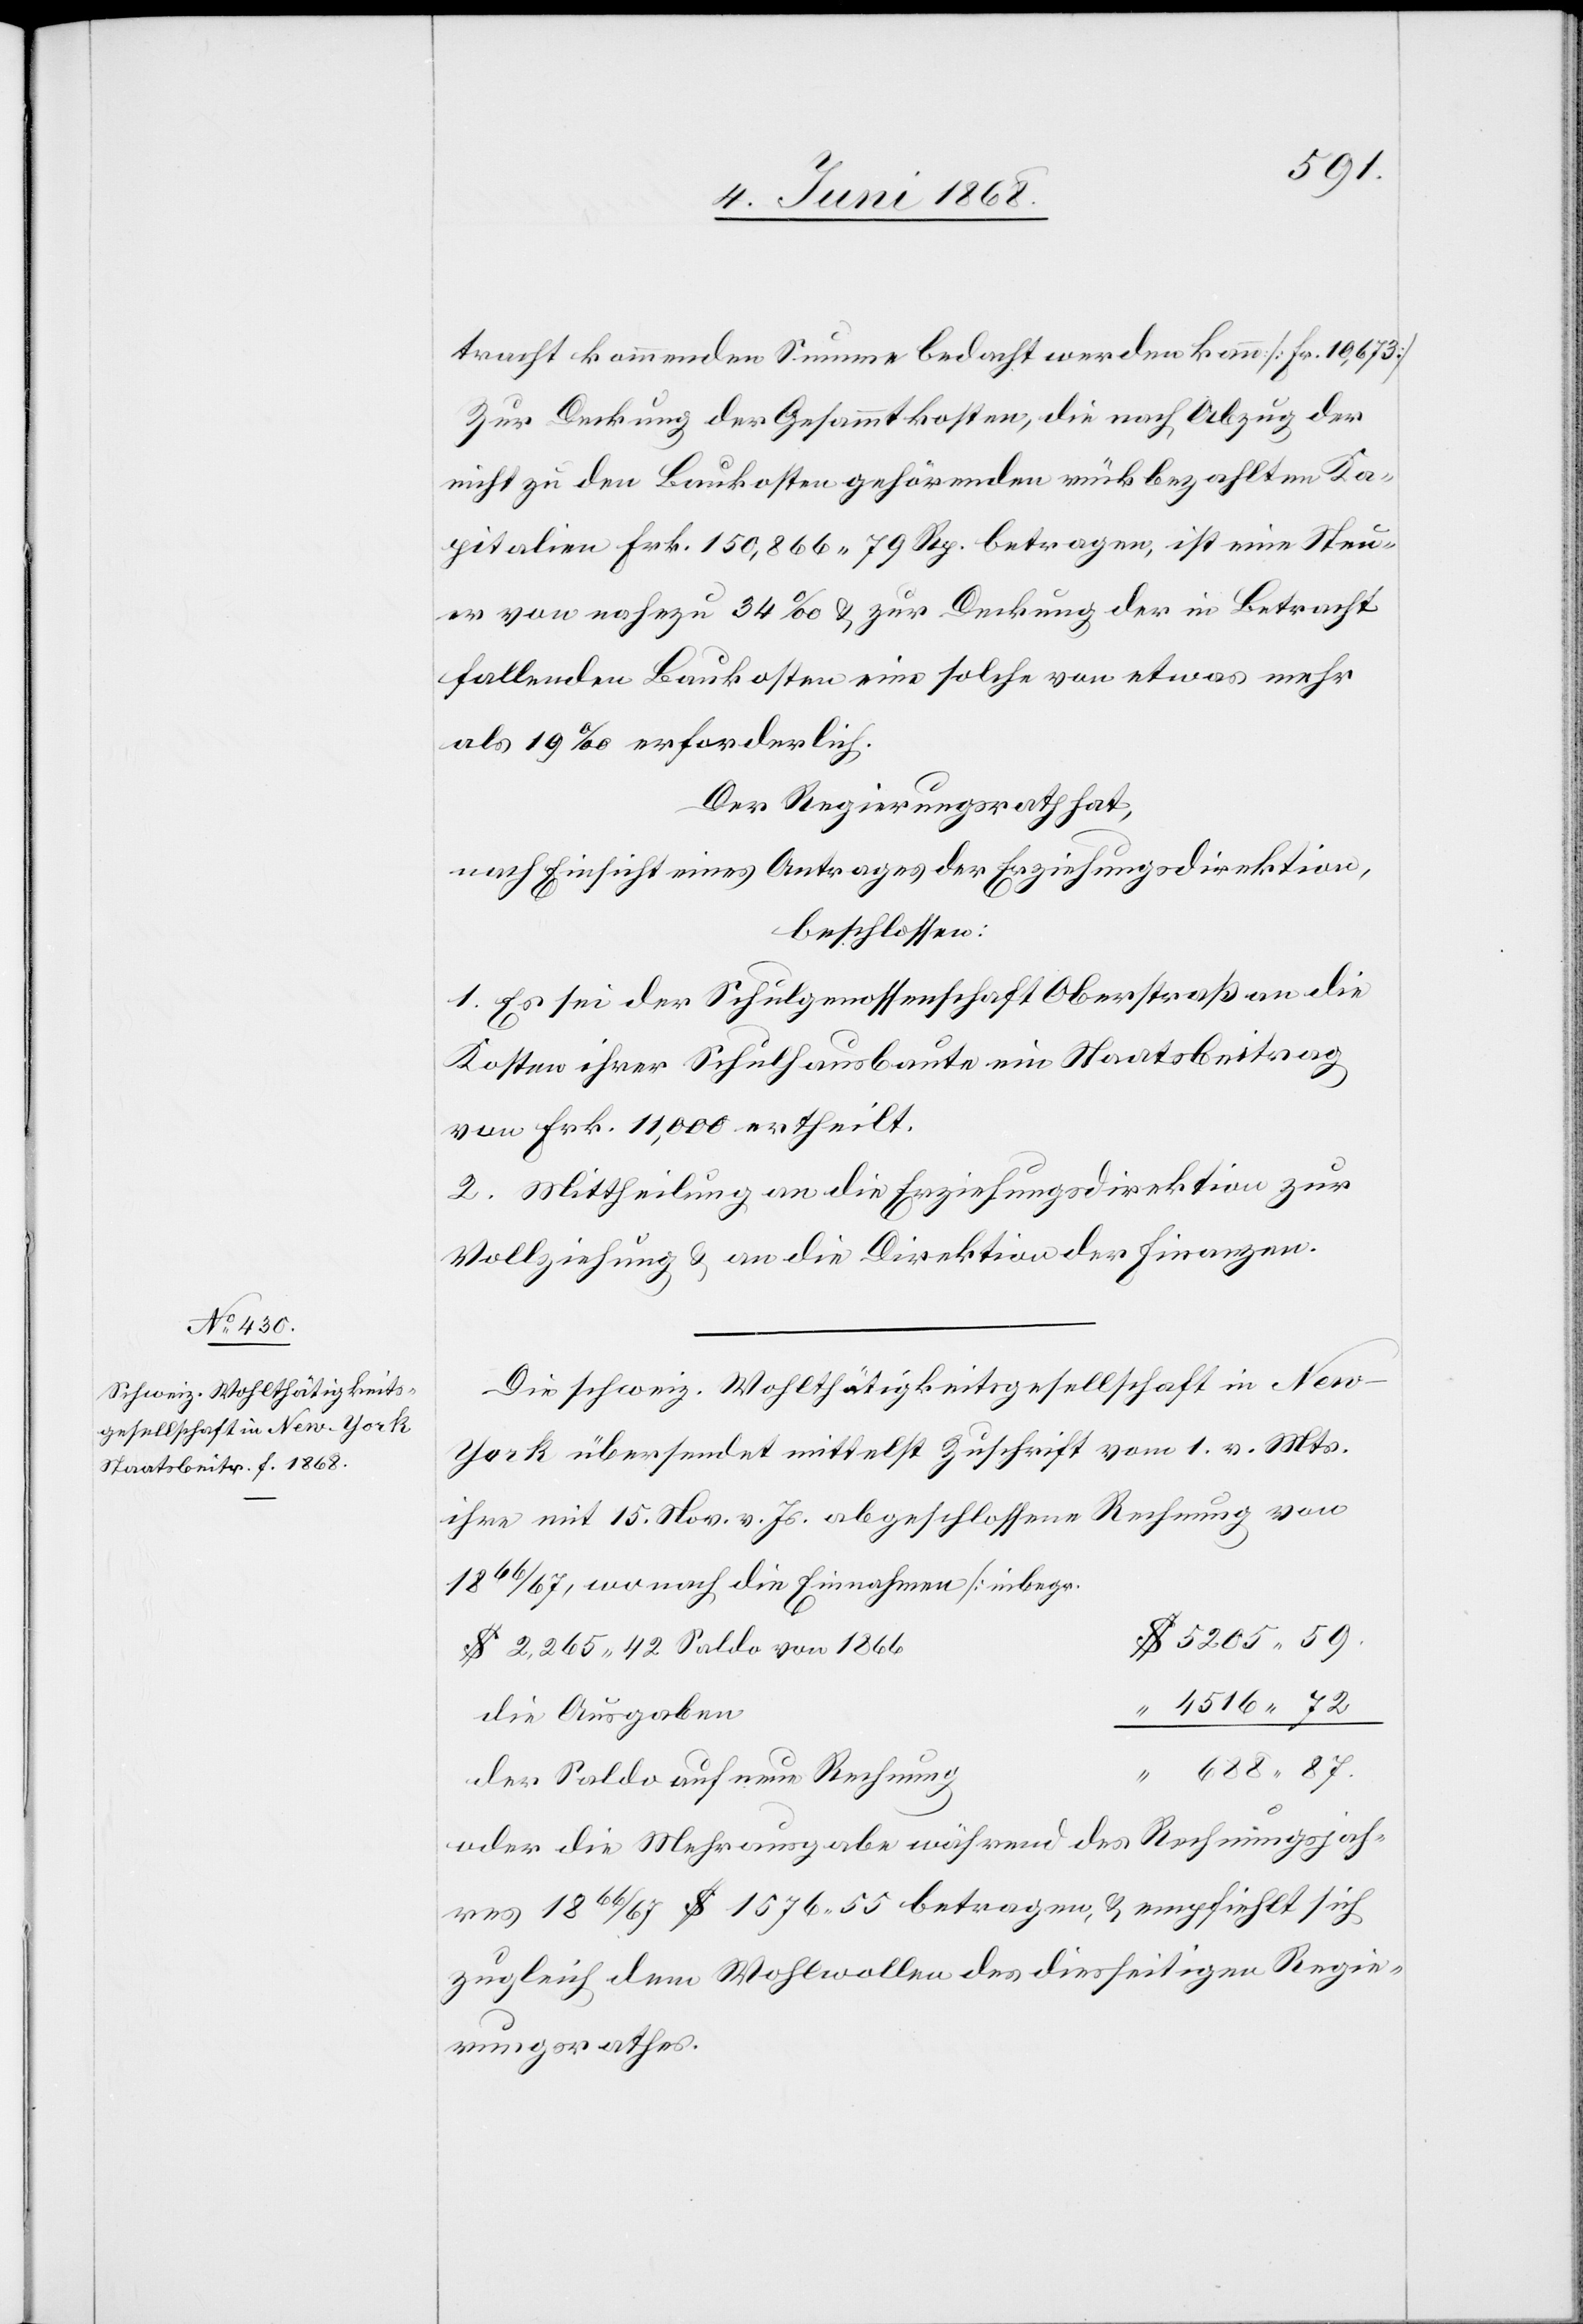
Die schweiz. Wohlthätigkeitsgesellschaft in Ne¬
w-York übersendet mittelst Zuschrift vom 1. v. Mts.
ihre mit 15. Nov. v. Js. abgeschlossene Rechnung von
$ 5205. 59.
$ 2,265. 42 Saldo von 1866[]]
“ 4516. 72
die Ausgaben
“ 688. 87.
der Saldo auf neue Rechnung
oder die Mehrausgabe während des Rechnungsjah¬
res 1866/67 $ 1576. 55 betragen, & empfiehlt sich
zugleich dem Wohlwollen des diesseitigen Regie¬
rungsrathes.